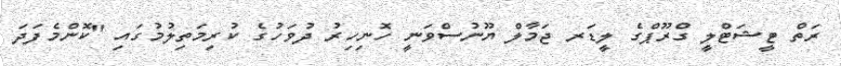
ރަތް ޓީޝަޓްލީ ގްރޫޕްގެ ލީޑަރ ޖަމާލް ޔޫނުސްވަނީ ހޮނިހިރު ދުވަހުގެ ކުރިމަތިލުމުގައި "ކޮންމެފަދަ